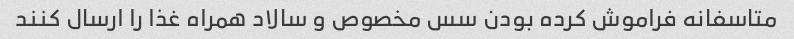
متاسفانه فراموش کرده بودن سس مخصوص و سالاد همراه غذا را ارسال کنند